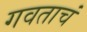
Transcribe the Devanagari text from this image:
गवताचं